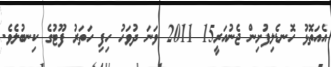
އެއަތޮޅު ހޮނޑެލިފުށިން ޖެނުއަރީ15 2011 ވަނަ ދުވަހު ހިފި ހަތަރު ފޫޓުގެ ކިނބުލެވެ.